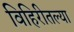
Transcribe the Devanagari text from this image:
विहिरीतल्या